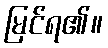
မြင်ရ၏။